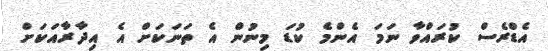
އެޑްރެސް ކުރައްވާ ނަމަ އެންމެ ކުޑަ މިނުން އެ ތަނަކަށް އެ އިދާރާއަކަށް